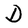
Character: D